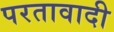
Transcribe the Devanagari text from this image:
परतावादी